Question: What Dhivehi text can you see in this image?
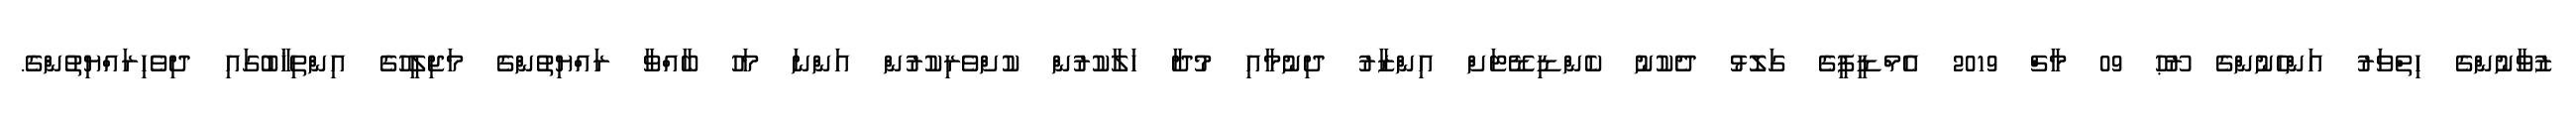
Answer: ޒުވާނުންގެ ހިތްވަރު އަންހެނުންގެ ރޫޙު 09 މާޗް 2019 އެމްޑީޕީގެ ގަލޮޅު ދެކުނު ކެންޑިޑޭޓަށް އިންޒާރު ދިނުމާއި މުދާ ހަލާކުރުން ކުށްވެރިކުރުން އަންނަ މަހު ބާއްވާ ރައްޔިތުންގެ މަޖިލީހުގެ އިންތިޚާބުގައި ދިވެހިރައްޔިތުންގެ.